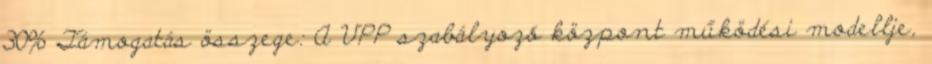
30% Támogatás összege: A VPP szabályozó központ működési modellje,